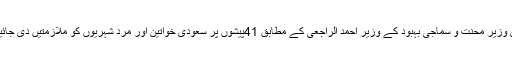
سعودی وزیر محنت و سماجی بہبود کے وزیر احمد الراجعی کے مطابق 41پیشوں پر سعودی خواتین اور مرد شہریوں کو ملازمتیں دی جائیں گی ۔